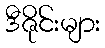
ဒီဇိုင်းများ